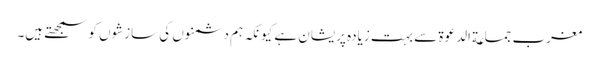
مغرب جماعة الدعوة سے بہت زیادہ پریشان ہے کیونکہ ہم دشمنوں کی سازشوں کو سمجھتے ہیں۔